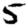
Digit: 5